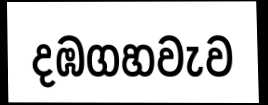
දඹගහවැව